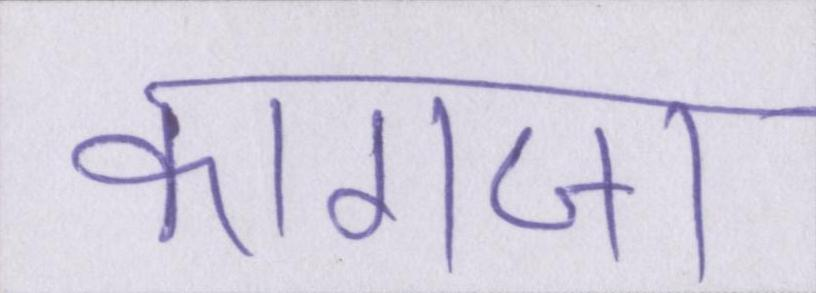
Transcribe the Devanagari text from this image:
कागजा